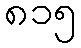
၈၁၅